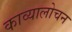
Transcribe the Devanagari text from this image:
काव्यालोचन